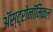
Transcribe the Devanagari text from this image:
अॅस्ट्रोनॉमिकल